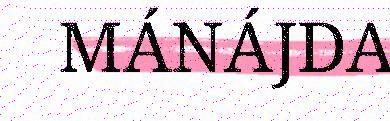
MÁNÁJDA